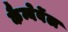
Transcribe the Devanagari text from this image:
कैम्बेर्वेल